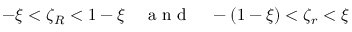
- \xi < \zeta _ { R } < 1 - \xi \quad \mathrm { ~ a ~ n ~ d ~ } \quad - \left( 1 - \xi \right) < \zeta _ { r } < \xi